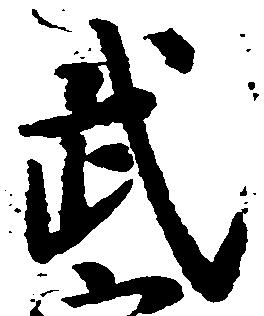
武